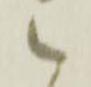
候